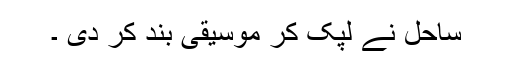
ساحل نے لپک کر موسیقی بند کر دی ۔